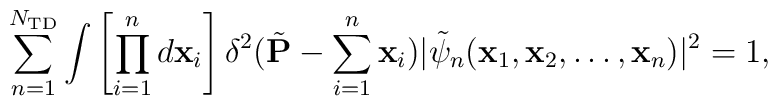
\sum_{n=1}^{N_{\rm TD}}  \int \left[ \prod_{i=1}^n d{\bf x}_i \right]  \delta^2(\tilde{{\bf P}} - \sum_{i=1}^n {\bf x}_i)  |\tilde{\psi}_n({\bf x}_1,{\bf x}_2,\dots,{\bf x}_n)|^2 = 1,